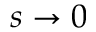
s \to 0